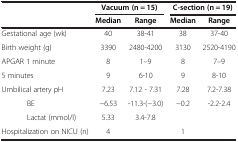
| <ROWSPAN=2>  | <COLSPAN=2> Vacuum (n = 15) | <COLSPAN=2> C-section (n = 19) |
 | Median | Range | Median | Range |
 | --- | --- | --- | --- | --- |
 | Gestational age (wk) | 40 | 38-41 | 38 | 37-40 |
 | Birth weight (g) | 3390 | 2480-4200 | 3130 | 2520-4190 |
 | APGAR 1 minute | 8 | 1–9 | 8 | 7–9 |
 | 5 minutes | 9 | 6-10 | 9 | 8-10 |
 | Umbilical artery pH | 7.23 | 7.12 - 7.31 | 7.28 | 7.2-7.38 |
 | BE | −6.53 | -11.3-(−3.0) | −0.2 | -2.2-2.4 |
 | Lactat (mmol/l) | 5.33 | 3.4-7.8 |  |  |
 | Hospitalization on NICU (n) | 4 |  | 1 |  |